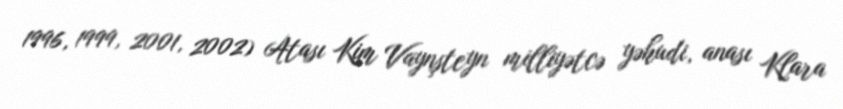
1996, 1999, 2001, 2002) Atası Kim Vaynşteyn milliyətcə yəhudi, anası Klara